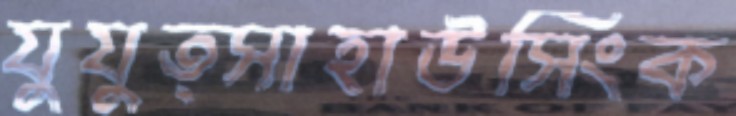
যুযুত্সাহাউসিংক